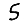
Digit: 5